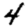
Digit: 4